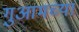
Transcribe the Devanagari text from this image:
गुआमच्या